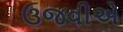
ઉજવીએ